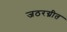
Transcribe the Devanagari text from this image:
जठरग्नीत